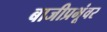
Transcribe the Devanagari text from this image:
बाजीप्रभूंवर